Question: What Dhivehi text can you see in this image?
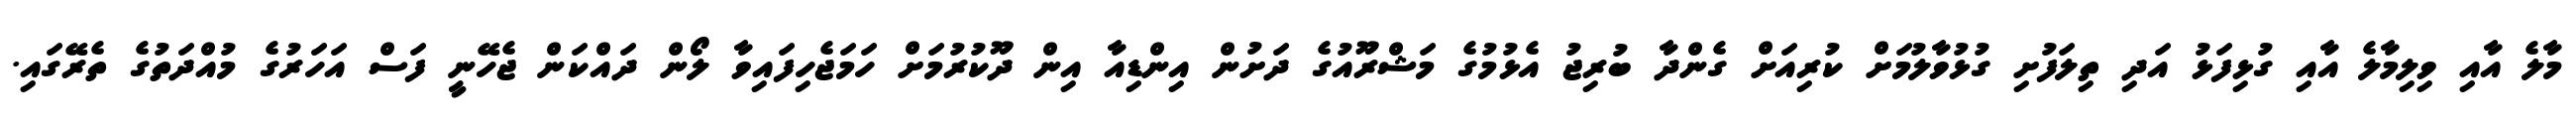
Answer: މާލެ އާއި ވިލިމާލެ އާއި ގުޅިފަޅު އަދި ތިލަފުށި ގުޅުވާލުމަށް ކުރިއަށް ގެންދާ ބުރިޖު އެޅުމުގެ މަޝްރޫއުގެ ދަށުން އިންޑިއާ އިން ދޫކުރުމަށް ހަމަޖެހިފައިވާ ލޯން ދައްކަން ޖެހޭނީ ފަސް އަހަރުގެ މުއްދަތުގެ ތެރޭގައި.